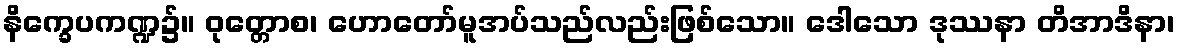
နိက္ခေပကဏ္ဍ၌။ ဝုတ္တောစ၊ ဟောတော်မူအပ်သည်လည်းဖြစ်သော။ ဒေါသော ဒုဿနာ တိအာဒိနာ၊